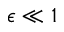
\epsilon \ll 1